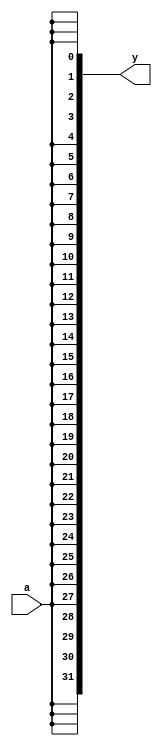
`timescale 1ns / 1ps
//one bit sign extend
module SignExt1 #(parameter WIDTH=32) (a,y);
	input 			   a;
	output [WIDTH-1:0] y;
	
	assign y = {0+WIDTH{a}};
endmodule

`timescale 1ns / 1ps
//16 bits
module SignExt16 #(parameter WIDTH=32) (ExtOp,a,y);
	input 			   ExtOp;
	input  [15:0]      a;
	output [WIDTH-1:0] y;
	
	assign y = (ExtOp==0) ? {16'b0, a} : {{WIDTH-16{a[15]}},a };
endmodule 

`timescale 1ns / 1ps
//5 bits
module SignExt5 #(parameter WIDTH=32) (a,y);
	input  [4:0]       a;
	output [WIDTH-1:0] y;
	
	assign y = {28'b0, a};
endmodule